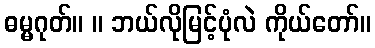
ဓမ္မဂုတ်။ ။ ဘယ်လိုမြင့်ပုံလဲ ကိုယ်တော်။